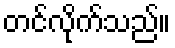
တင်လိုက်သည်။